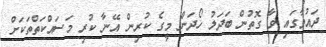
ދައުވާގައި ވާ ގޮތުން ބަދަލު ހޯދަން މީގެ ކުރިން އޭނާ ކުރި މަސައްކަތްތަކަށް